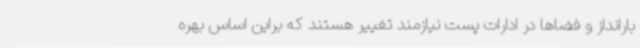
بارانداز و فضاها در ادارات پست نیازمند تغییر هستند که براین اساس بهره